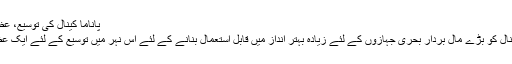
پاناما کینال کی توسیع، عظیم تعمیراتی منصوبہ | معاشرہ | DW | 19.11.2009
پاناما کی حکومت نے مشہور زمانہ آبی گذرگاہ پاناما کینال کو بڑے مال بردار بحری جہازوں کے لئے زیادہ بہتر انداز میں قابل استعمال بنانے کے لئے اس نہر میں توسیع کے لئے ایک عظیم تر تعمیراتی منصوبہ شروع کرنے کا فیصلہ کیا ہے۔